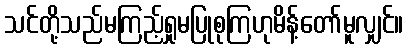
သင်တို့သည်မကြည့်ရှုမပြုစုကြဟုမိန့်တော်မူလျှင်။